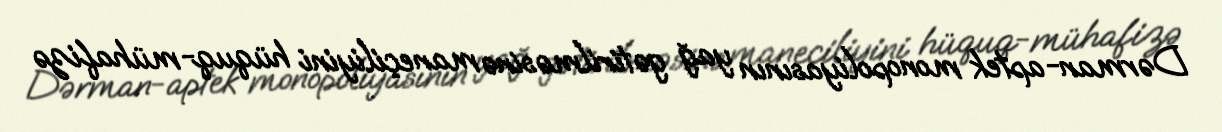
Dərman-aptek monopoliyasının yağ gətirilməsinə maneçiliyini hüquq-mühafizə